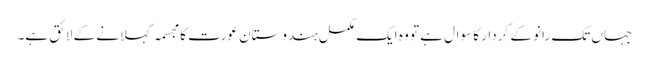
جہاں تک رانو کے کردار کا سوال ہے تو وہ ایک مکمل ہندوستان عورت کا مجسمہ کہلانے کے لائق ہے۔